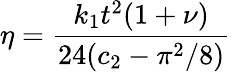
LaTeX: \eta=\frac{k_{1}t^{2}(1+\nu)}{24(c_{2}-\pi^{2}/8)}